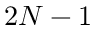
2 N - 1